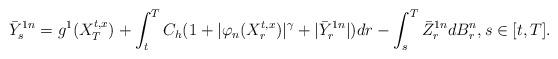
LaTeX: \begin{align*}\bar {Y}_s^{1n}=g^1(X_T^{t,x})+\int_t^T C_h(1+|\varphi_n(X_r^{t,x})|^\gamma + |\bar Y_r^{1n}|)dr -\int_s^T \bar Z_r^{1n} dB_r^n, s\in [t,T].\end{align*}